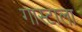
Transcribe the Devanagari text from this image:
गास्टाला